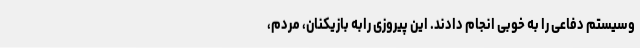
وسیستم دفاعی را به خوبی انجام دادند. این پیروزی رابه بازیکنان، مردم،